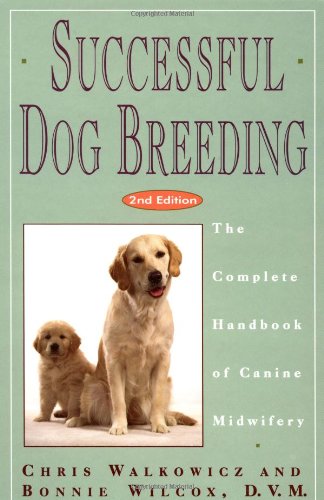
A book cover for Successful Dog Breeding: The Complete Handbook of Canine Midwifery (Howell reference books); Chris Walkowicz; Medical Books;